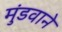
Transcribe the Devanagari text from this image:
मुंडवाने